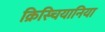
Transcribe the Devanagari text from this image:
क्रिस्चियानिया